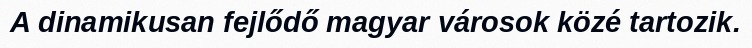
A dinamikusan fejlődő magyar városok közé tartozik.